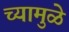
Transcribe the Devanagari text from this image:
च्यामुळे